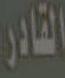
القادر